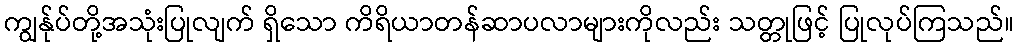
ကျွန်ုပ်တို့အသုံးပြုလျက် ရှိသော ကိရိယာတန်ဆာပလာများကိုလည်း သတ္တုဖြင့် ပြုလုပ်ကြသည်။